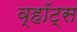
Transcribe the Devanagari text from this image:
व्हॉट्स